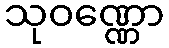
သုဝဏ္ဏော